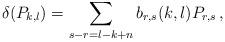
LaTeX: \begin{align*}\delta(P_{k,l}) = \sum_{s-r=l-k+n}b_{r,s}(k,l)P_{r,s}\,,\end{align*}